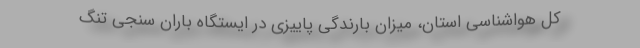
کل هواشناسی استان، میزان بارندگی پاییزی در ایستگاه باران سنجی تنگ